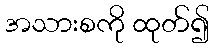
အသားစကို ထုတ်၍